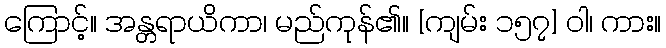
ကြောင့်။ အန္တရာယိကာ၊ မည်ကုန်၏။ [ကျမ်း ၁၅၇] ဝါ၊ ကား။